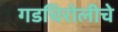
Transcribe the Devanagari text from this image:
गडचिरोलीचे